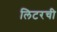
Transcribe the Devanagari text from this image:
लिटरची